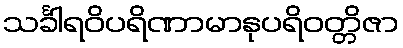
သင်္ခါရဝိပရိဏာမာနုပရိဝတ္တိဇာ